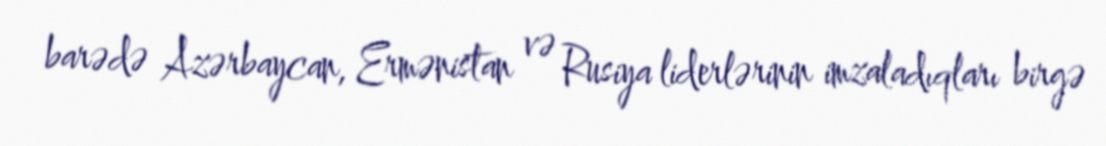
barədə Azərbaycan, Ermənistan və Rusiya liderlərinin imzaladıqları birgə